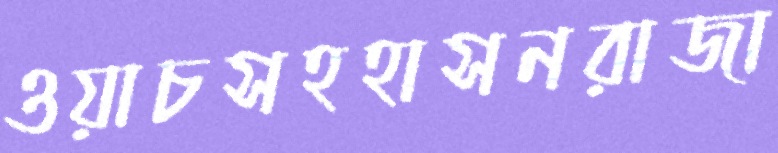
ওয়াচসহহাসনরাজা